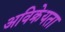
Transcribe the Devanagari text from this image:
अविक्रेयता